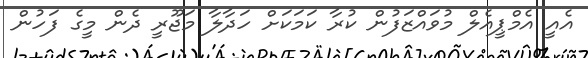
އެއީ އެމްޕީއެލް މުވައްޒަފުން ކުރާ ކަމަކަށް ހަދާލާ މަޖޫރީ ދެން މީގެ ފަހުން